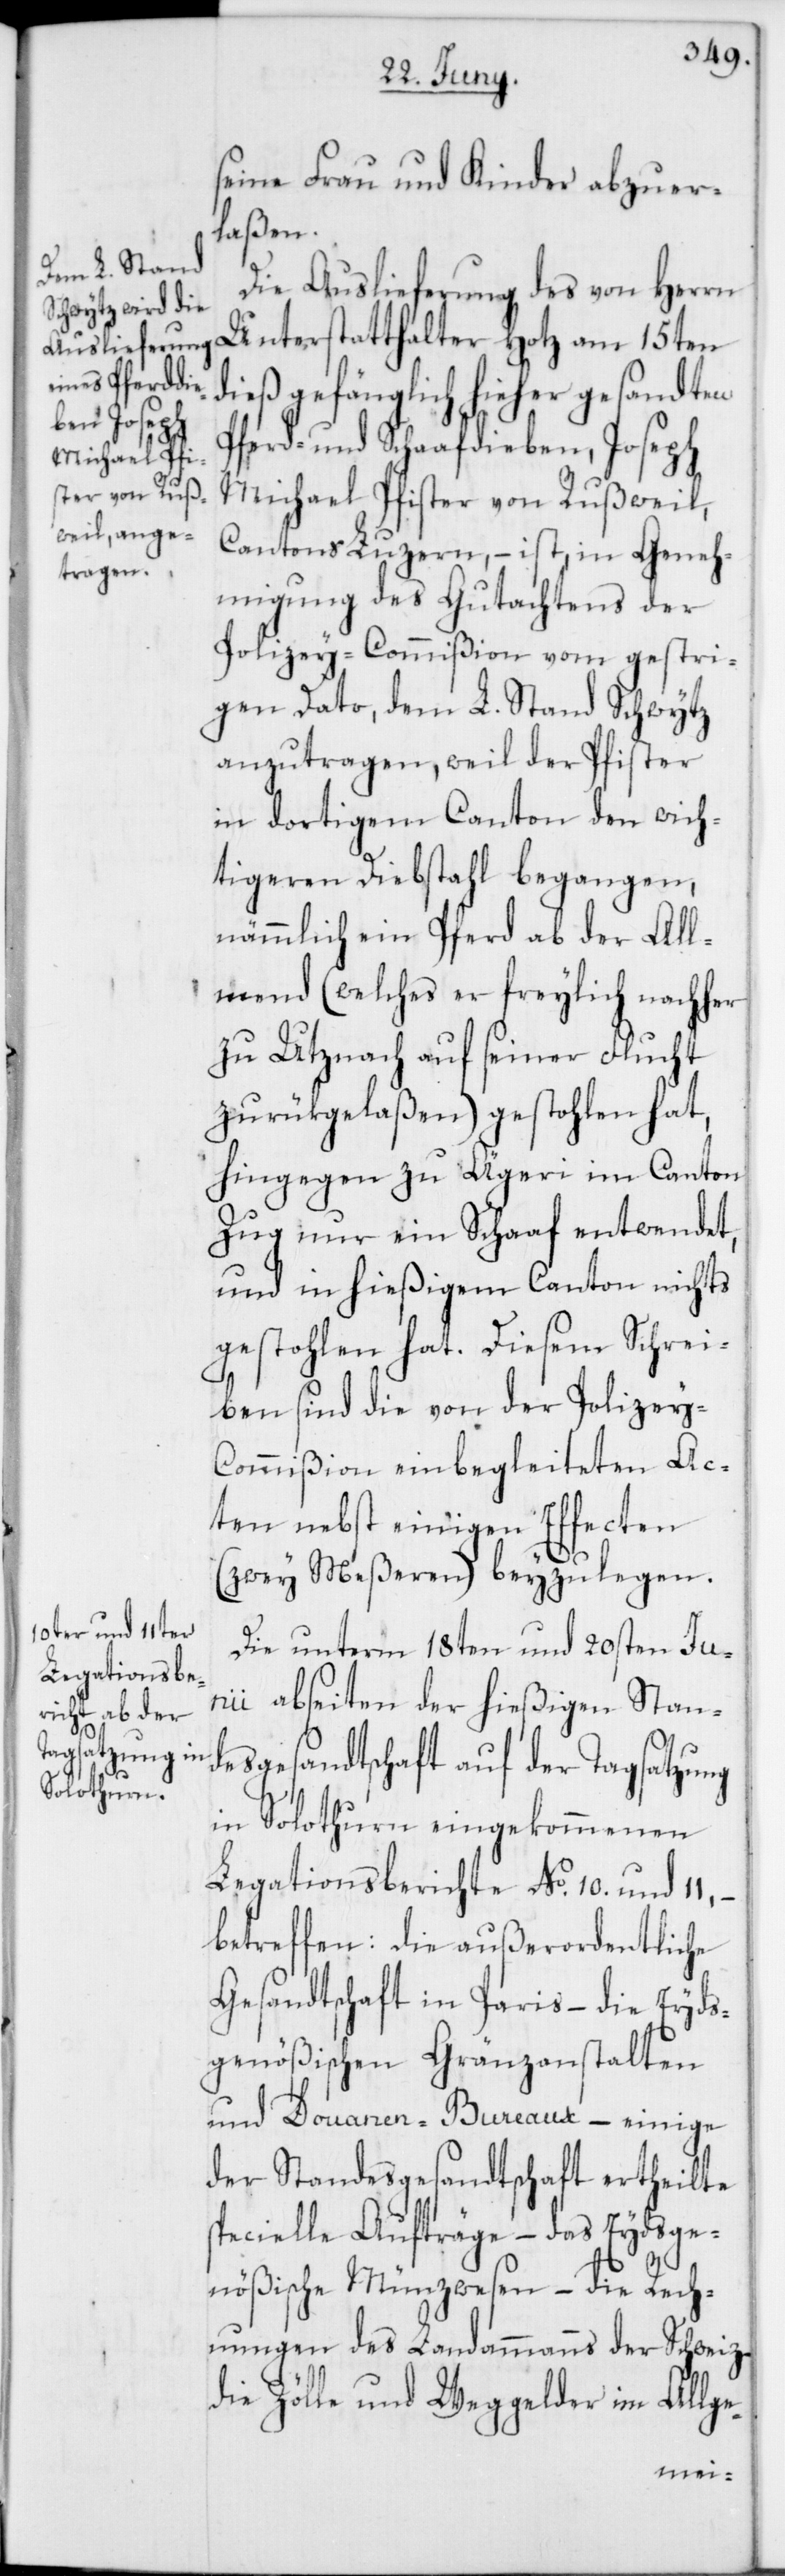
seine Frau und Kinder, abzuer¬
laßen.
Die Auslieferung des von Herrn
Unterstatthalter Hotz am 15ten
dieß gefänglich hieher gesandten
Pferd- und Schaafdieben, Joseph
Michael Pfister von Rußweil,
Cantons Luzern, – ist, in Geneh¬
migung des Gutachtens der
Polizey-Commißion vom gestri¬
gen Dato, dem L. Stand Schwytz
anzutragen, weil der Pfister
in dortigem Canton den wich¬
tigeren Diebstahl begangen,
nämmlich ein Pferd ab der All¬
mend (welches er freylich nachher
zu Utznach auf seiner Flucht
zurükgelaßen) gestohlen hat,
hingegen zu Aegeri im Canton
Zug nur ein Schaaf entwendet,
und in hießigem Canton nichts
gestohlen hat. Diesem Schrei¬
ben sind die von der Polizey-C¬
ommißion einbegleiteten Ac¬
ten nebst einigen Effecten
(zwey Meßeren) beyzulegen.
Die unterm 18ten und 20sten Ju¬
nii abseiten der hießigen Stan¬
desgesandtschaft auf der Tagsatzung
in Solothurn eingekommenen
Legationsberichte No. 10. und 11,
betreffen: die außerordentliche
Gesandtschaft in Paris – die Eyds¬
genößischen Gränzanstalten
und Douanen-Bureaux – einige
der Standesgesandtschaft ertheilte
specielle Aufträge – das Eydsge¬
nößische Münzwesen – die Rech¬
nungen des Landammanns der Schweiz
die Zölle und Weggelder im Allge-